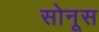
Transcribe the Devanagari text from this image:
सोनूस